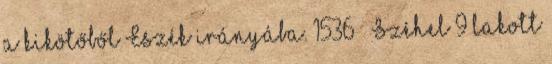
a kikötőből Eszék irányába. 1536 – Széhel 9 lakott